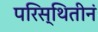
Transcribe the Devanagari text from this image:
परिस्थितीनं